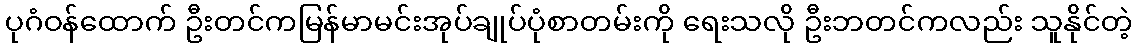
ပုဂံဝန်ထောက် ဦးတင်ကမြန်မာမင်းအုပ်ချုပ်ပုံစာတမ်းကို ရေးသလို ဦးဘတင်ကလည်း သူနိုင်တဲ့